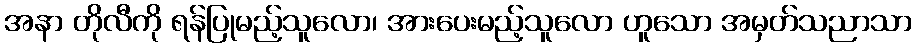
အနာ တိုလီကို ရန်ပြုမည့်သူလော၊ အားပေးမည့်သူလော ဟူသော အမှတ်သညာသာ